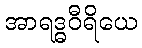
အာရဒ္ဓဝီရိယေ